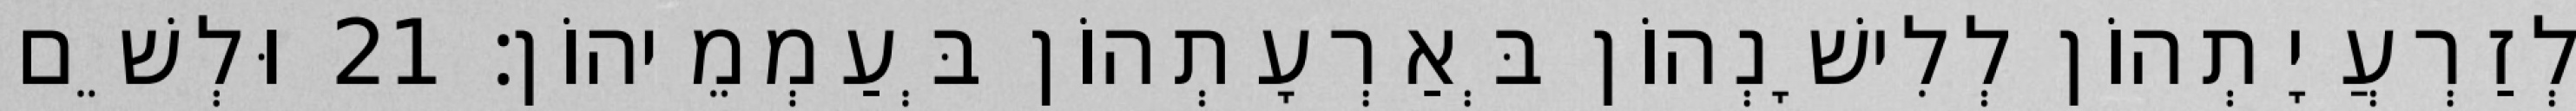
לְזַרְעֲיָתְהוֹן לְלִישָׁנְהוֹן בְּאַרְעָתְהוֹן בְּעַמְמֵיהוֹן׃ 21 וּלְשֵׁם